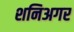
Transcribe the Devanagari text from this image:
शनिअगर